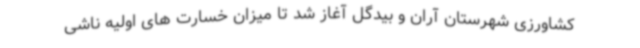
کشاورزی شهرستان آران و بیدگل آغاز شد تا میزان خسارت های اولیه ناشی